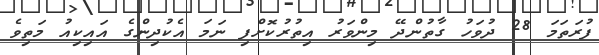
ފުރަތަމަ 28 ދުވަހު ގާތުންދޭ މިންވަރު އިތުރުކޮށްފި ނަމަ އެކުދިންގެ އައިކިއު މަތިވެ